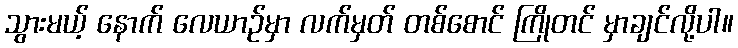
သွားမယ့် နောက် လေယာဉ်မှာ လက်မှတ် တစ်စောင် ကြိုတင် မှာချင်လို့ပါ။